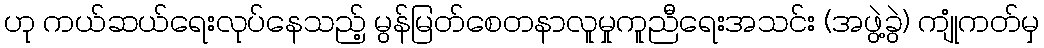
ဟု ကယ်ဆယ်ရေးလုပ်နေသည့် မွန်မြတ်စေတနာလူမှုကူညီရေးအသင်း (အဖွဲ့ခွဲ) ကျုံကတ်မှ